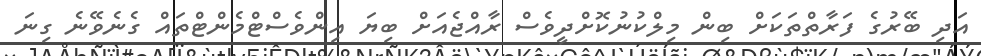
އަދި ބޭރުގެ ފަރާތްތަކަށް ބިން މިލްކުނުކޮށްދީވެސް ރާއްޖެއަށް ބިޔަ އިންވެސްޓްމެންޓްތައް ގެނެވޭނެ ގިނަ